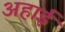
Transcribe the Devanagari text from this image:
अहाई